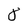
Character: 8